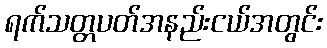
ရက်သတ္တပတ်အနည်းငယ်အတွင်း